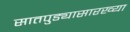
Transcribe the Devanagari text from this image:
सातपुड्यासारख्या